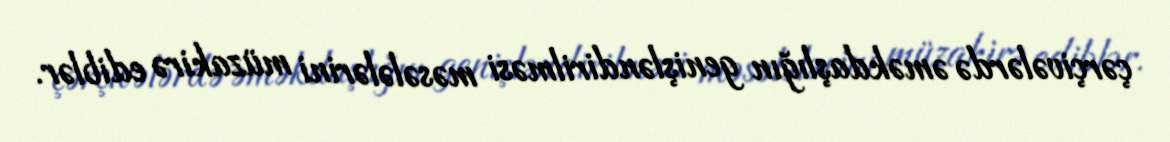
çərçivələrdə əməkdaşlığın genişləndirilməsi məsələlərini müzakirə ediblər.